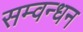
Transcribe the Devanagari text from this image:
सम्वन्धन